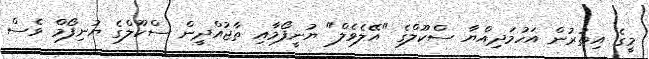
މީގެ އިތުރުން އަހުމަދިއްޔާ ސްކޫލްގެ "އޭލެވެލް" ޔުނީފޯމާއި ތާޖުއްދީން ސްކޫލްގެ ޔުނިފޯމް ވެސް